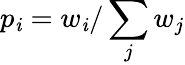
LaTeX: p_{\mathit{i}}=w_{\mathit{i}}/\sum_{j}w_{j}